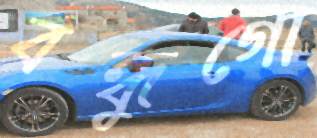
বন্ধুগো